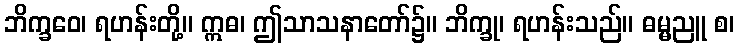
ဘိက္ခဝေ၊ ရဟန်းတို့။ ဣဓ၊ ဤသာသနာတော်၌။ ဘိက္ခု၊ ရဟန်းသည်။ ဓမ္မညူ စ၊